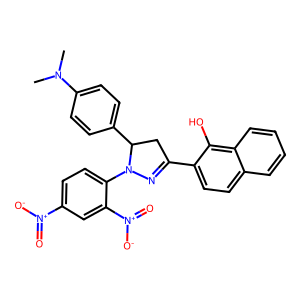
SMILES: CN(C)c1ccc(C2CC(c3ccc4ccccc4c3O)=NN2c2ccc([N+](=O)[O-])cc2[N+](=O)[O-])cc1
Inhibits HIV replication: No